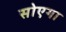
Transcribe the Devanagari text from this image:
सोएगा